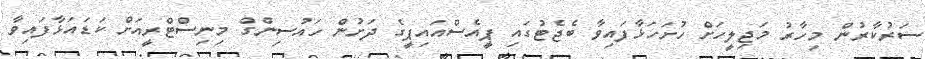
ސަރުކާރުން މިހާރު މަޖިލީހަށް ހުށަހަޅާފައިވާ ބެޖެޓުގައި ޕީއެސްއައިޕީގެ ދަށުން ހައުސިންގް މިނިސްޓްރީއަށް ކަޑައަޅާފައިވާ